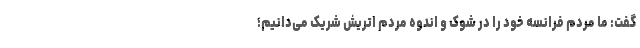
گفت: ما مردم فرانسه خود را در شوک و اندوه مردم اتریش شریک می‌دانیم؛